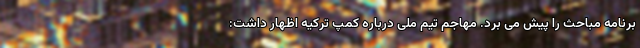
برنامه مباحث را پیش می برد. مهاجم تیم ملی درباره کمپ ترکیه اظهار داشت: